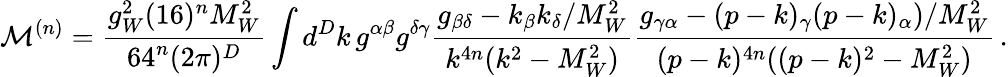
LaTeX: \mathcal{M}^{(n)}=\frac{g_{W}^{2}(16)^{n}M_{W}^{2}}{64^{n}(2\pi)^{D}}\int d^{D}k\, g^{\alpha\beta}g^{\delta\gamma}\frac{g_{\beta\delta}-k_{\beta}k_{\delta}/M_{W}^{2}}{k^{4n}(k^{2}-M_{W}^{2})}\frac{g_{\gamma\alpha}-(p-k)_{\gamma}(p-k)_{\alpha})/M_{W}^{2}}{(p-k)^{4n}((p-k)^{2}-M_{W}^{2})}\, .